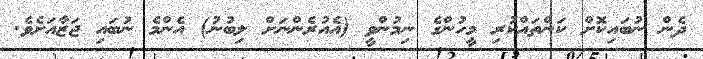
ދެން ނުބައިކޮށް ކަންތައްކުރި މީހުންގެ ނިމުންވީ (އެއުރެންނަށް ލިބުނު) އެންމެ ނުބައި ޖަޒާއަށެވެ.